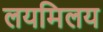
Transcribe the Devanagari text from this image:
लयमिलय